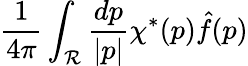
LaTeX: {\frac{1}{4\pi}}\int_{\cal R}{\frac{dp}{|p|}}\chi^{*}(p){\hat{f}}(p)